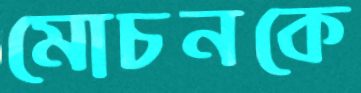
মোচনকে